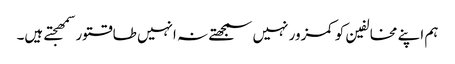
ہم اپنے مخالفین کو کمزور نہیں سمجھتے نہ انہیں طاقتور سمھجتے ہیں۔